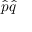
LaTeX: { \hat { p } } { \hat { q } }